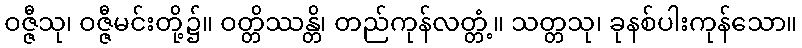
ဝဇ္ဇီသု၊ ဝဇ္ဇီမင်းတို့၌။ ဝတ္တိဿန္တိ၊ တည်ကုန်လတ္တံ့။ သတ္တသု၊ ခုနစ်ပါးကုန်သော။